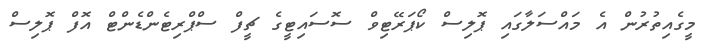
މީގެއިތުރުން އެ މައްސަލާގައި ޕޮލިސް ކޯޕަރޭޓިވް ސޮސައިޓީގެ ޗީފް ސްޕްރިޓެންޑެންޓް އޮފް ޕޮލިސް